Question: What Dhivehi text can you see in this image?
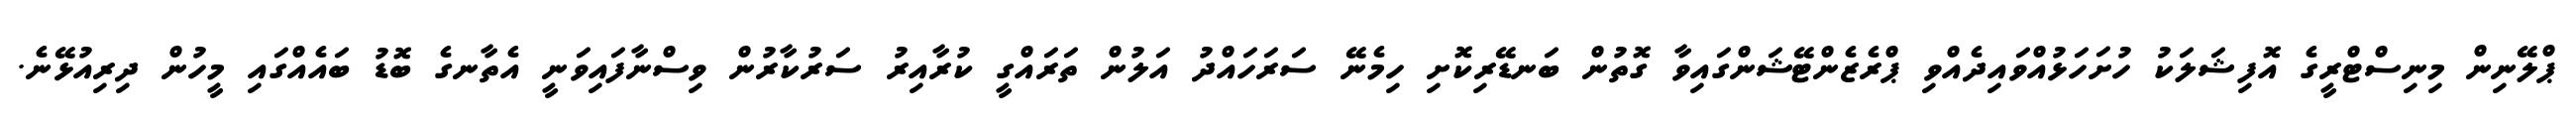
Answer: ޕްލޭނިން މިނިސްޓްރީގެ އޮފިޝަލަކު ހުށަހަޅުއްވައިދެއްވި ޕްރެޒެންޓޭޝަންގައިވާ ގޮތުން ބަނޑޭރިކޮށި ހިމެނޭ ސަރަހައްދު އަލުން ތަރައްގީ ކުރާއިރު ސަރުކާރުން ވިސްނާފައިވަނީ އެތާނގެ ބޮޑު ބައެއްގައި މީހުން ދިރިއުޅޭނެ.